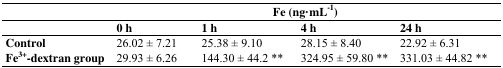
|  | <COLSPAN=4> Fe (ng·mL−1) |
 |  | 0 h | 1 h | 4 h | 24 h |
 | --- | --- | --- | --- | --- |
 | Control | 26.02 ± 7.21 | 25.38 ± 9.10 | 28.15 ± 8.40 | 22.92 ± 6.31 |
 | Fe3+-dextran group | 29.93 ± 6.26 | 144.30 ± 44.2 ** | 324.95 ± 59.80 ** | 331.03 ± 44.82 ** |